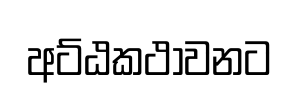
අට්ඨකථාවනට